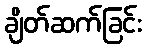
ချိတ်ဆက်ခြင်း